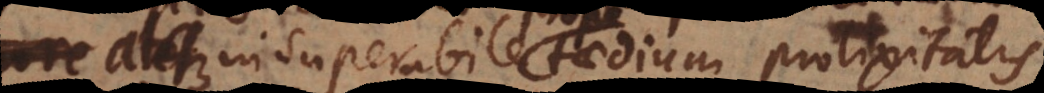
atque insuperabile taedium prolixitatis